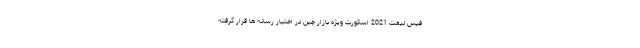
فیس لیفت 2021 اسکورت ویژه بازار چین در اختیار رسانه ها قرار گرفته